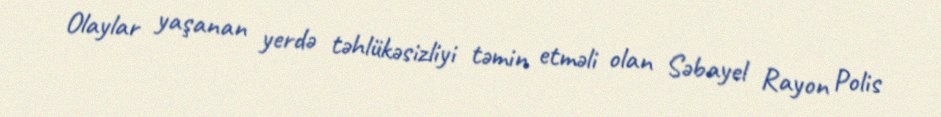
Olaylar yaşanan yerdə təhlükəsizliyi təmin etməli olan Səbayel Rayon Polis